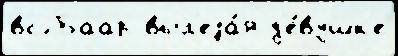
вс'́ Баар выл'еза́я д'е́вушк'е